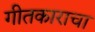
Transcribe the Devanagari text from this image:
गीतकाराचा